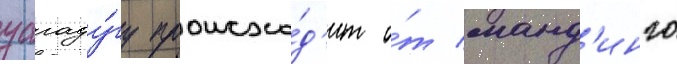
уагаду́гу происхо́д'ит о́т манд'инго